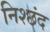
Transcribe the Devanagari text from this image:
निश्छंद